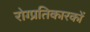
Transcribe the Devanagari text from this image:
रोग्प्रतिकारकों